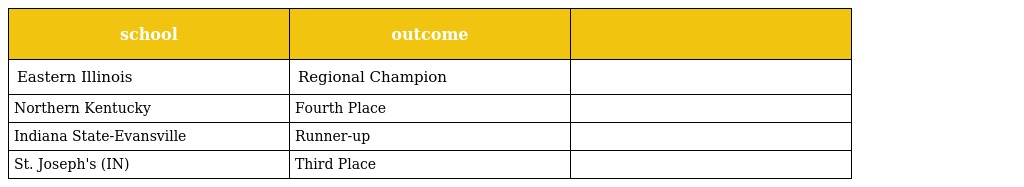
| school | outcome |  |
 | --- | --- | --- |
 | Eastern Illinois | Regional Champion |  |
 | Northern Kentucky | Fourth Place |  |
 | Indiana State-Evansville | Runner-up |  |
 | St. Joseph's (IN) | Third Place |  |